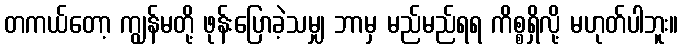
တကယ်တော့ ကျွန်မတို့ ဖုန်းပြောခဲ့သမျှ ဘာမှ မည်မည်ရရ ကိစ္စရှိလို့ မဟုတ်ပါဘူး။